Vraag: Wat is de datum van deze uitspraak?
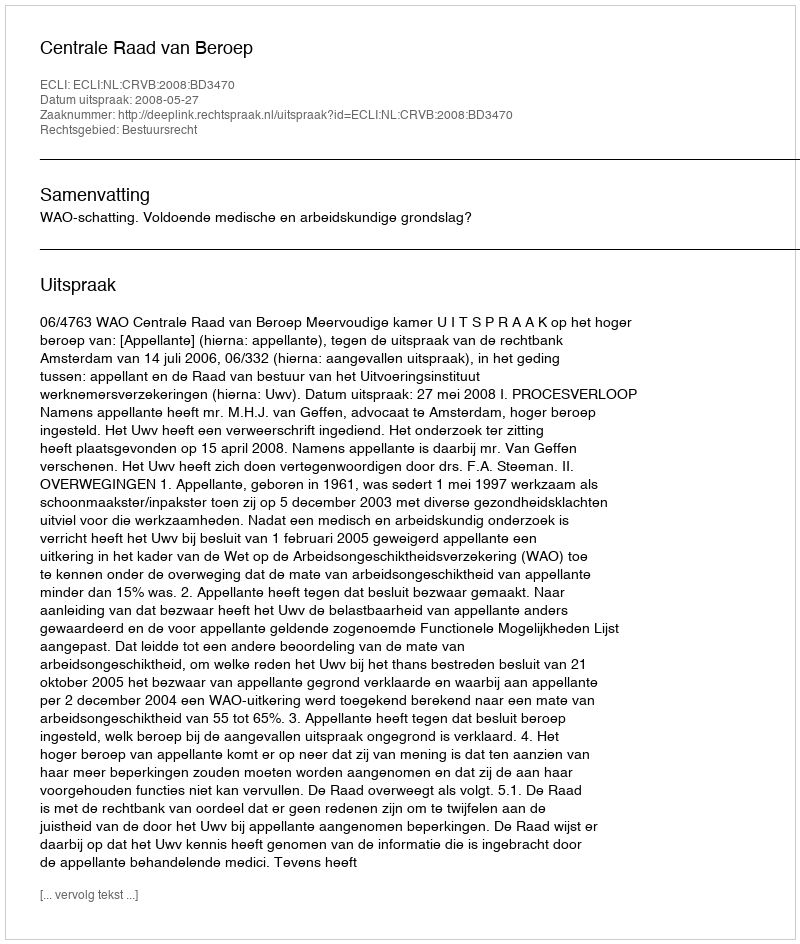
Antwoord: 2008-05-27